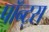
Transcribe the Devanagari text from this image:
पॉन्ट्स